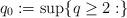
LaTeX: \begin{align*}q_0 := \sup\{q \geq 2 : \}\end{align*}